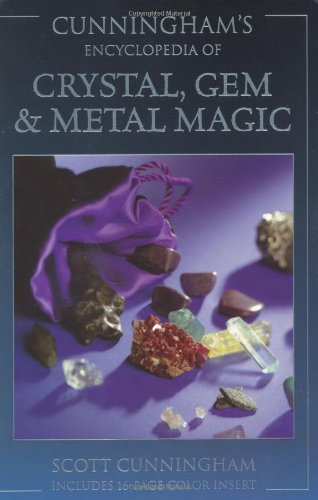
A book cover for Cunningham's Encyclopedia of Crystal, Gem & Metal Magic (Cunningham's Encyclopedia Series); Scott Cunningham; Reference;